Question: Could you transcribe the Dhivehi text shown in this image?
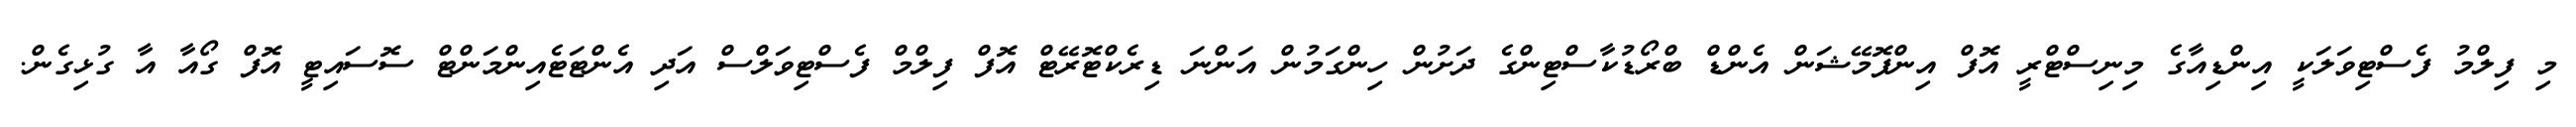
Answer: މި ފިލްމު ފެސްޓިވަލަކީ އިންޑިއާގެ މިނިސްޓްރީ އޮފް އިންފޮމޭޝަން އެންޑް ބްރޯޑުކާސްޓިންގެ ދަށުން ހިންގަމުން އަންނަ ޑިރެކްޓޮރޭޓް އޮފް ފިލްމް ފެސްޓިވަލްސް އަދި އެންޓަޓެއިންމަންޓް ސޮސައިޓީ އޮފް ގޯއާ އާ ގުޅިގެން.